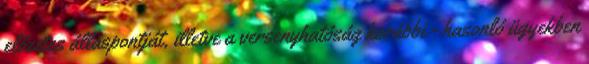
előzetes álláspontját, illetve a versenyhatóság korábbi - hasonló ügyekben